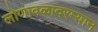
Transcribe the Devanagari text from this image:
लोणावळादरम्यान